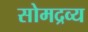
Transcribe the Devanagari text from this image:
सोमद्रव्य